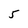
Character: 5